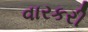
વારકરી